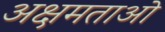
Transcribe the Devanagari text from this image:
अक्षमताओ